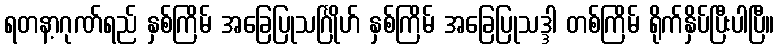
ရတနာ့ဂုဏ်ရည် နှစ်ကြိမ် အခြေပြုသင်္ဂြိုဟ် နှစ်ကြိမ် အခြေပြုသဒ္ဒါ တစ်ကြိမ် ရိုက်နှိပ်ပြီးပါပြီ။